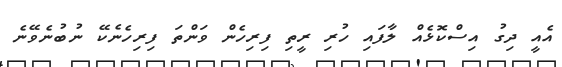
އެއީ ދިގު އިސްކޮޅެއް ލާފައި ހުރި ރީތި ފިރިހެން ވަންތަ ފިރިހެނެކޭ ނުބުނެވޭނެ